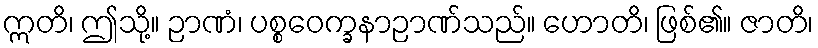
ဣတိ၊ ဤသို့။ ဉာဏံ၊ ပစ္စဝေက္ခနာဉာဏ်သည်။ ဟောတိ၊ ဖြစ်၏။ ဇာတိ၊